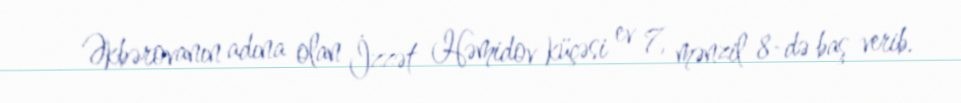
Əkbərovanın adına olan İzzət Həmidov küçəsi ev 7, mənzil 8-də baş verib.